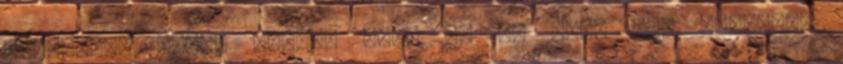
rendszert Török Gábor: ezek az új fiúk egy pillanat